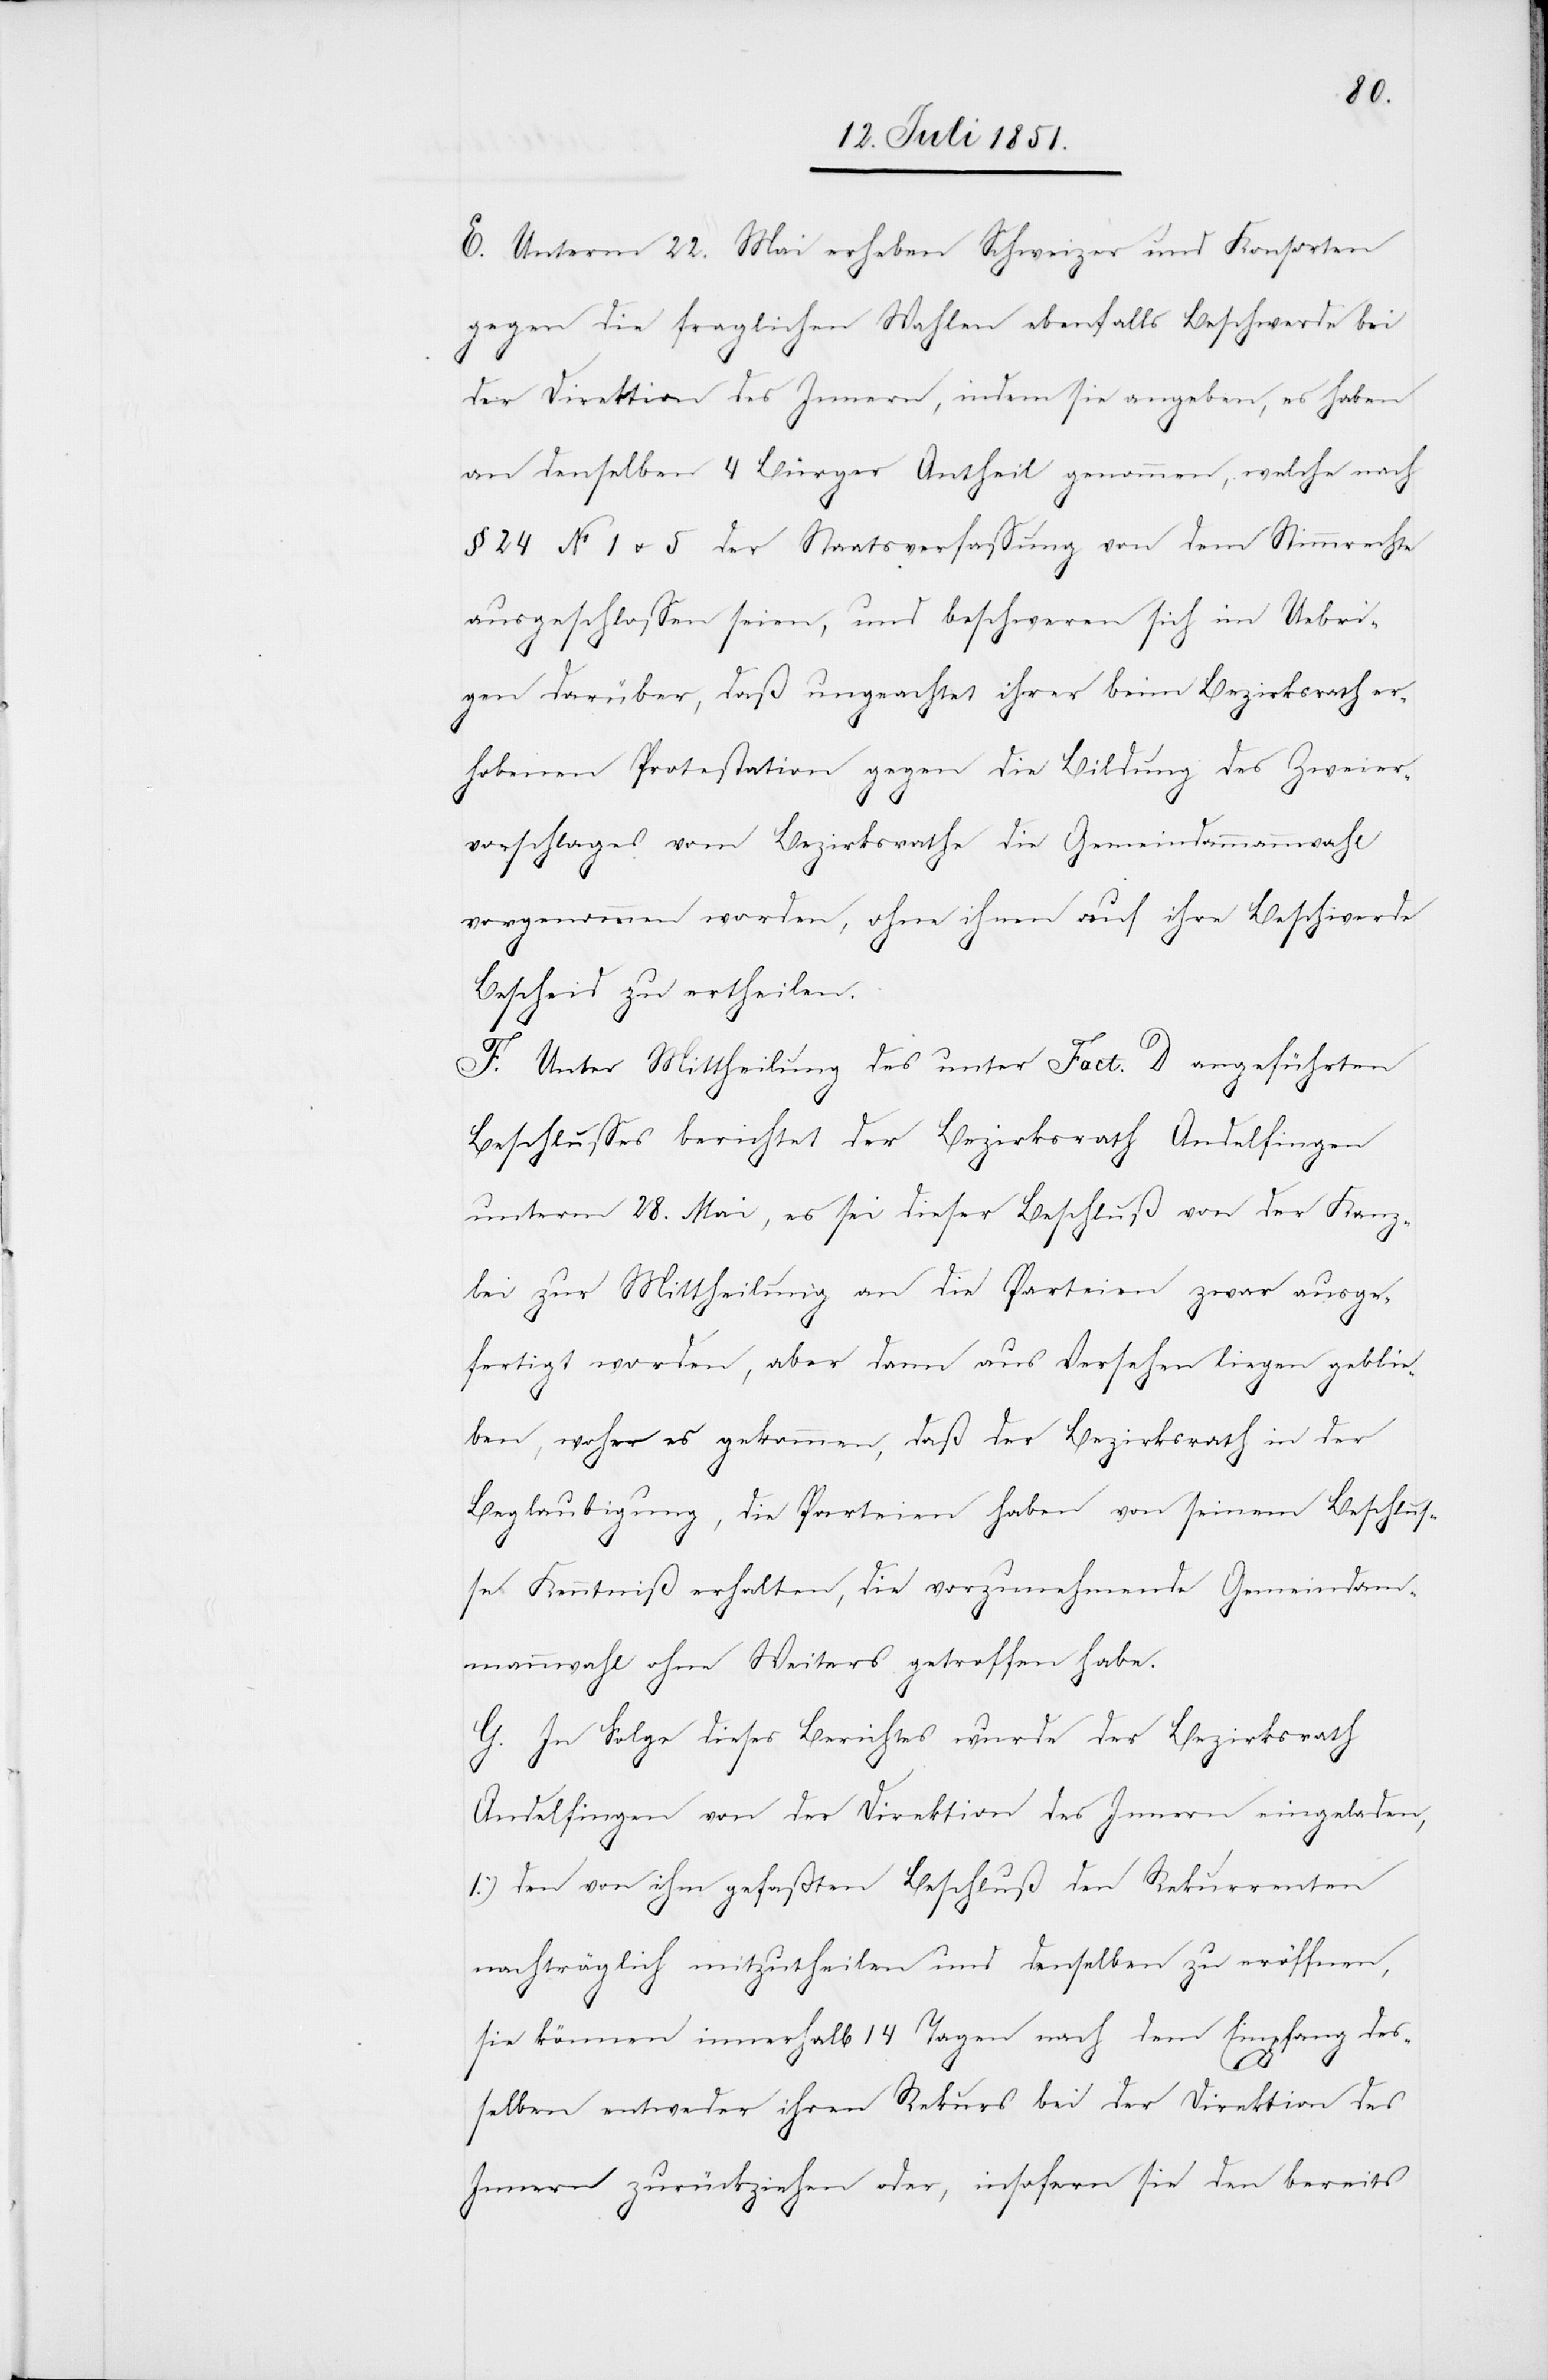
E. Unterm 22. Mai erheben Schweizer und Konsorten
gegen die fraglichen Wahlen ebenfalls Beschwerde bei
der Direktion des Innern, indem sie angeben, es haben
an denselben 4 Bürger Antheil genommen, welche nach
§ 24 No 1 & 5 der Staatsverfassung von dem Stimmrechte
ausgeschlossen seien, und beschweren sich im Uebri¬
gen darüber, daß ungeachtet ihrer beim Bezirksrath er¬
hobenen Protestation gegen die Bildung des Zweier¬
vorschlages vom Bezirksrathe die Gemeindammannwahl
vorgenommen worden, ohne ihnen auf ihre Beschwerde
Bescheid zu ertheilen.
F. Unter Mittheilung des unter Fact. D angeführten
Beschlusses berichtet der Bezirksrath Andelfingen
unterm 28. Mai, es sei dieser Beschluß von der Kanz¬
lei zur Mittheilung an die Parteien zwar ausge¬
fertigt worden, aber dann aus Versehen liegen geblie¬
ben, woher es gekommen, daß der Bezirksrath in der
Beglaubigung, die Parteien haben von seinem Beschlus¬
se Kenntniß erhalten, die vorzunehmende Gemeindam¬
mannwahl ohne Weiters getroffen habe.
G. In Folge dieses Berichtes wurde der Bezirksrath
Andelfingen von der Direktion des Innern eingeladen,
1.) den von ihm gefaßten Beschluß den Rekurrenten
nachträglich mitzutheilen und denselben zu eröffnen,
sie können innerhalb 14 Tagen nach dem Empfang des¬
selben entweder ihren Rekurs bei der Direktion des
Innern zurückziehen oder, insofern sie den bereits